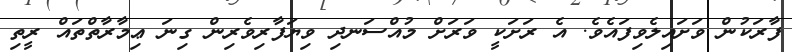
ފާރަކުން ވަށައިލެވިފައެވެ. އެ ރަށަކީ ވަރަށް މުއްސަނދި ވިޔަފާރިވެރިން ގިނަ ޢިމާރާތްތައް ރީތި